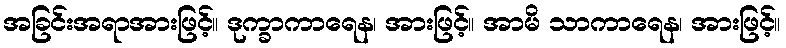
အခြင်းအရာအားဖြင့်။ ဒုက္ခာကာရေန၊ အားဖြင့်။ အာမိ သာကာရေန၊ အားဖြင့်။